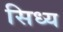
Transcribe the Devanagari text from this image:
सिध्य